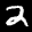
Label: 2